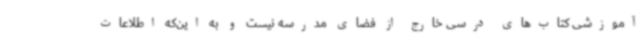
آموزشی کتاب‌های درسی خارج از فضای مدرسه نیست و به این‌که اطلاعات